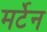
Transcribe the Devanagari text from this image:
मर्टेन